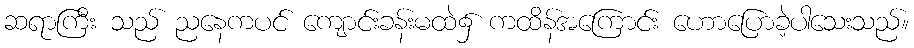
ဆရာကြီး သည် ညနေကပင် ကျောင်းခန်းမထဲ၌ ကထိန်အကြောင်း ဟောပြောခဲ့ပါသေးသည်။